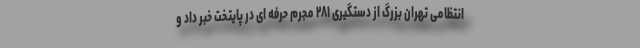
انتظامی تهران بزرگ از دستگیری ۲۸۱ مجرم حرفه ای در پایتخت خبر داد و